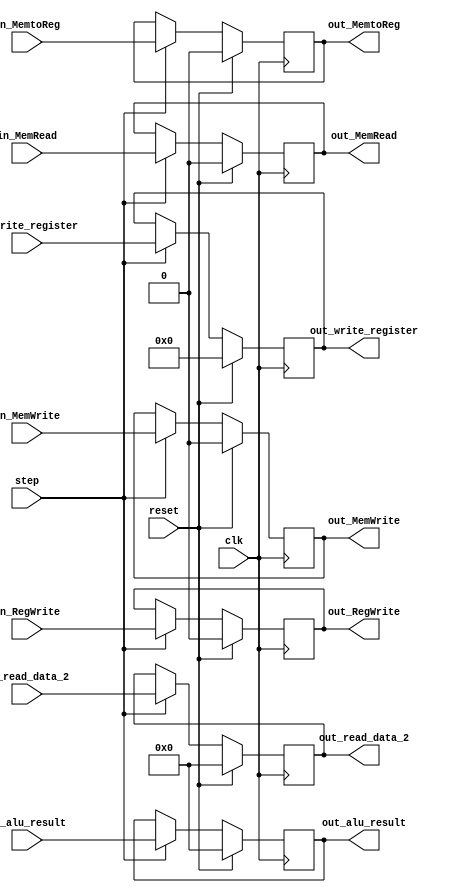
`timescale 1ns / 1ps

module EX_MEM(
    //INPUTS
    input wire clk,
    input wire reset,
    input wire [31:0] in_alu_result,
    input wire [31:0] in_read_data_2,
    input wire [4:0] in_write_register,
    // Control MEM
    input wire in_MemRead,
    input wire in_MemWrite,
    // Control WB
    input wire in_MemtoReg,
    input wire in_RegWrite,
    input wire step,
    
    //OUTPUTS
    output reg [31:0] out_alu_result,
    output reg [31:0] out_read_data_2,
    output reg [4:0] out_write_register,
    // Control MEM
    output reg out_MemRead,
    output reg out_MemWrite,
    // Control WB
    output reg out_MemtoReg,
    output reg out_RegWrite
    );
    
    always@(posedge clk) 
    begin
        if(reset)
        begin
            out_alu_result <= 0;
            out_read_data_2 <= 0;
            out_write_register <= 0;
            // Control MEM
            out_MemRead <= 0;
            out_MemWrite <= 0;
            // Control WB
            out_MemtoReg <= 0;
            out_RegWrite <= 0;
        end
        else
            if(step) begin
                out_alu_result <= in_alu_result;
                out_read_data_2 <= in_read_data_2;
                out_write_register <= in_write_register;
                // Control MEM
                out_MemRead <= in_MemRead;
                out_MemWrite <= in_MemWrite;
                // Control WB
                out_MemtoReg <= in_MemtoReg;
                out_RegWrite <= in_RegWrite;
            end
    end
endmodule